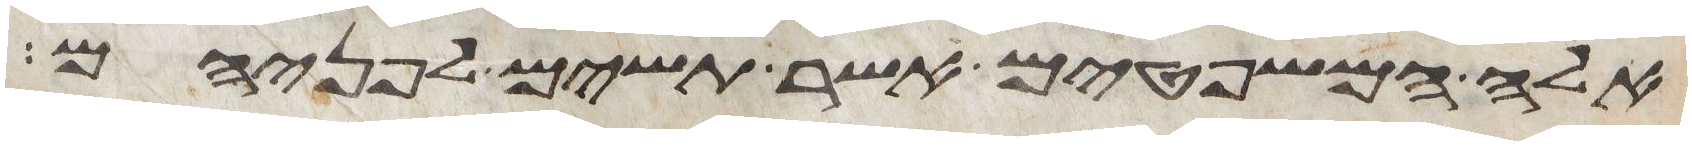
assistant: אלה המשפטים אשר תשים לפניהם